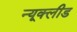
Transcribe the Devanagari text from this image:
न्यूक्लीड